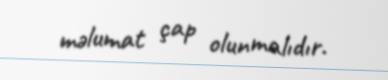
məlumat çap olunmalıdır.